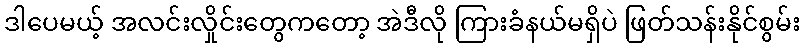
ဒါပေမယ့် အလင်းလှိုင်းတွေကတော့ အဲဒီလို ကြားခံနယ်မရှိပဲ ဖြတ်သန်းနိုင်စွမ်း